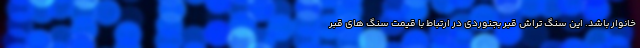
خانوار باشد. این سنگ تراش قبر بجنوردی در ارتباط با قیمت سنگ های قبر